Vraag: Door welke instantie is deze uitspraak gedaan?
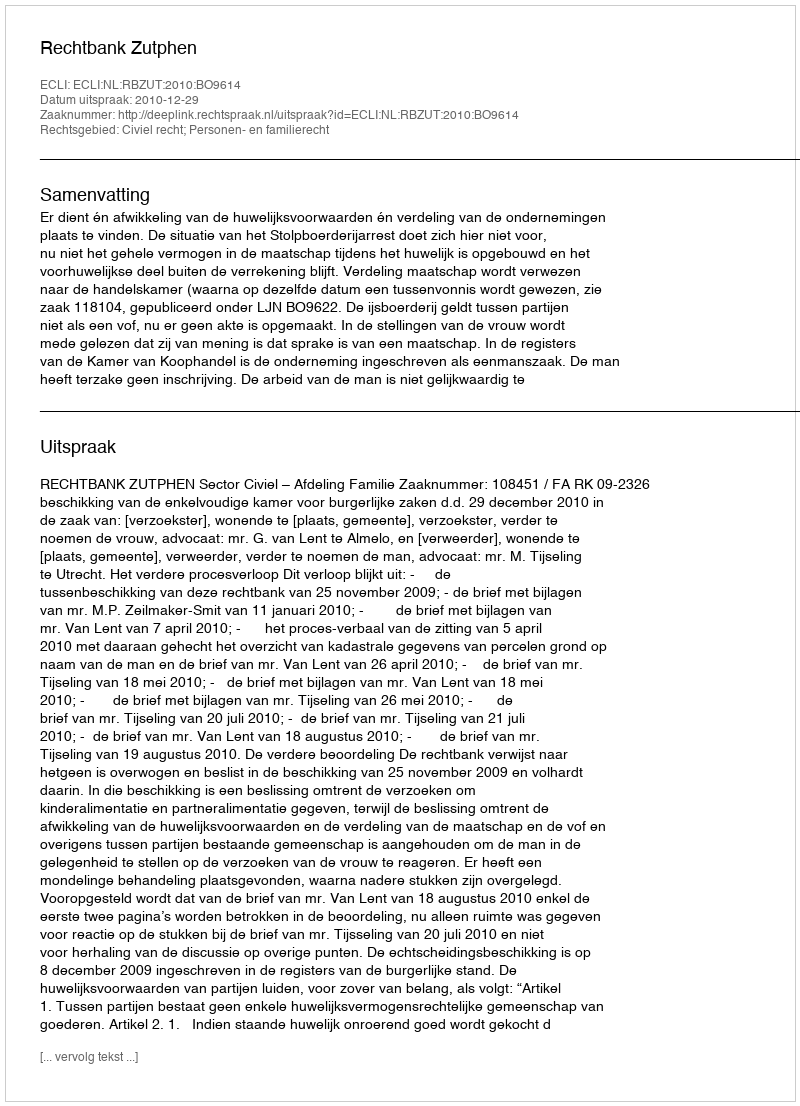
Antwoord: Rechtbank Zutphen